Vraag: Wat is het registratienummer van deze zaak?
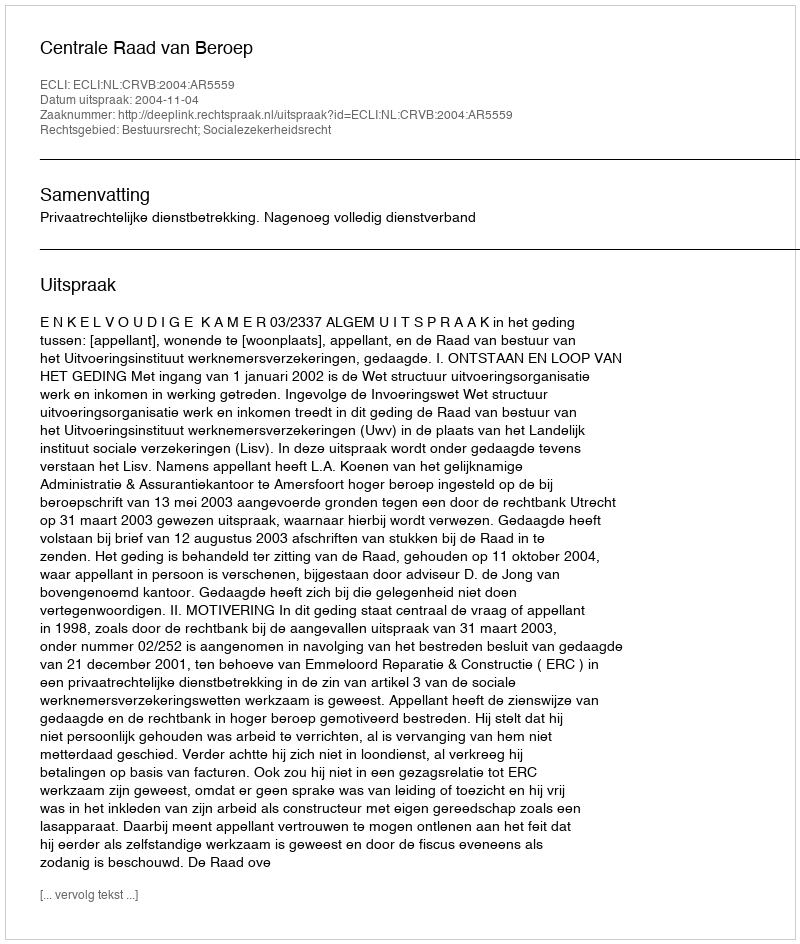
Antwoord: http://deeplink.rechtspraak.nl/uitspraak?id=ECLI:NL:CRVB:2004:AR5559